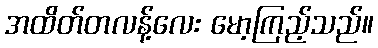
အထိတ်တလန့်လေး မော့ကြည့်သည်။